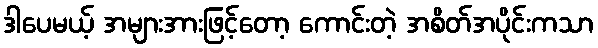
ဒါပေမယ့် အများအားဖြင့်တော့ ကောင်းတဲ့ အစိတ်အပိုင်းကသာ